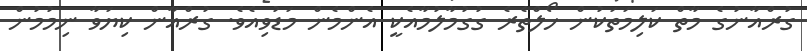
ގުރްއާނުގެ މާތް ކަލިމަތަކުން ހޯލްތެރެ ގުގުމާލުމާއެކީ އެންމެން މަޑުވިއެވެ. ގުރްއާން ކިޔަވާ ނިމުމުން